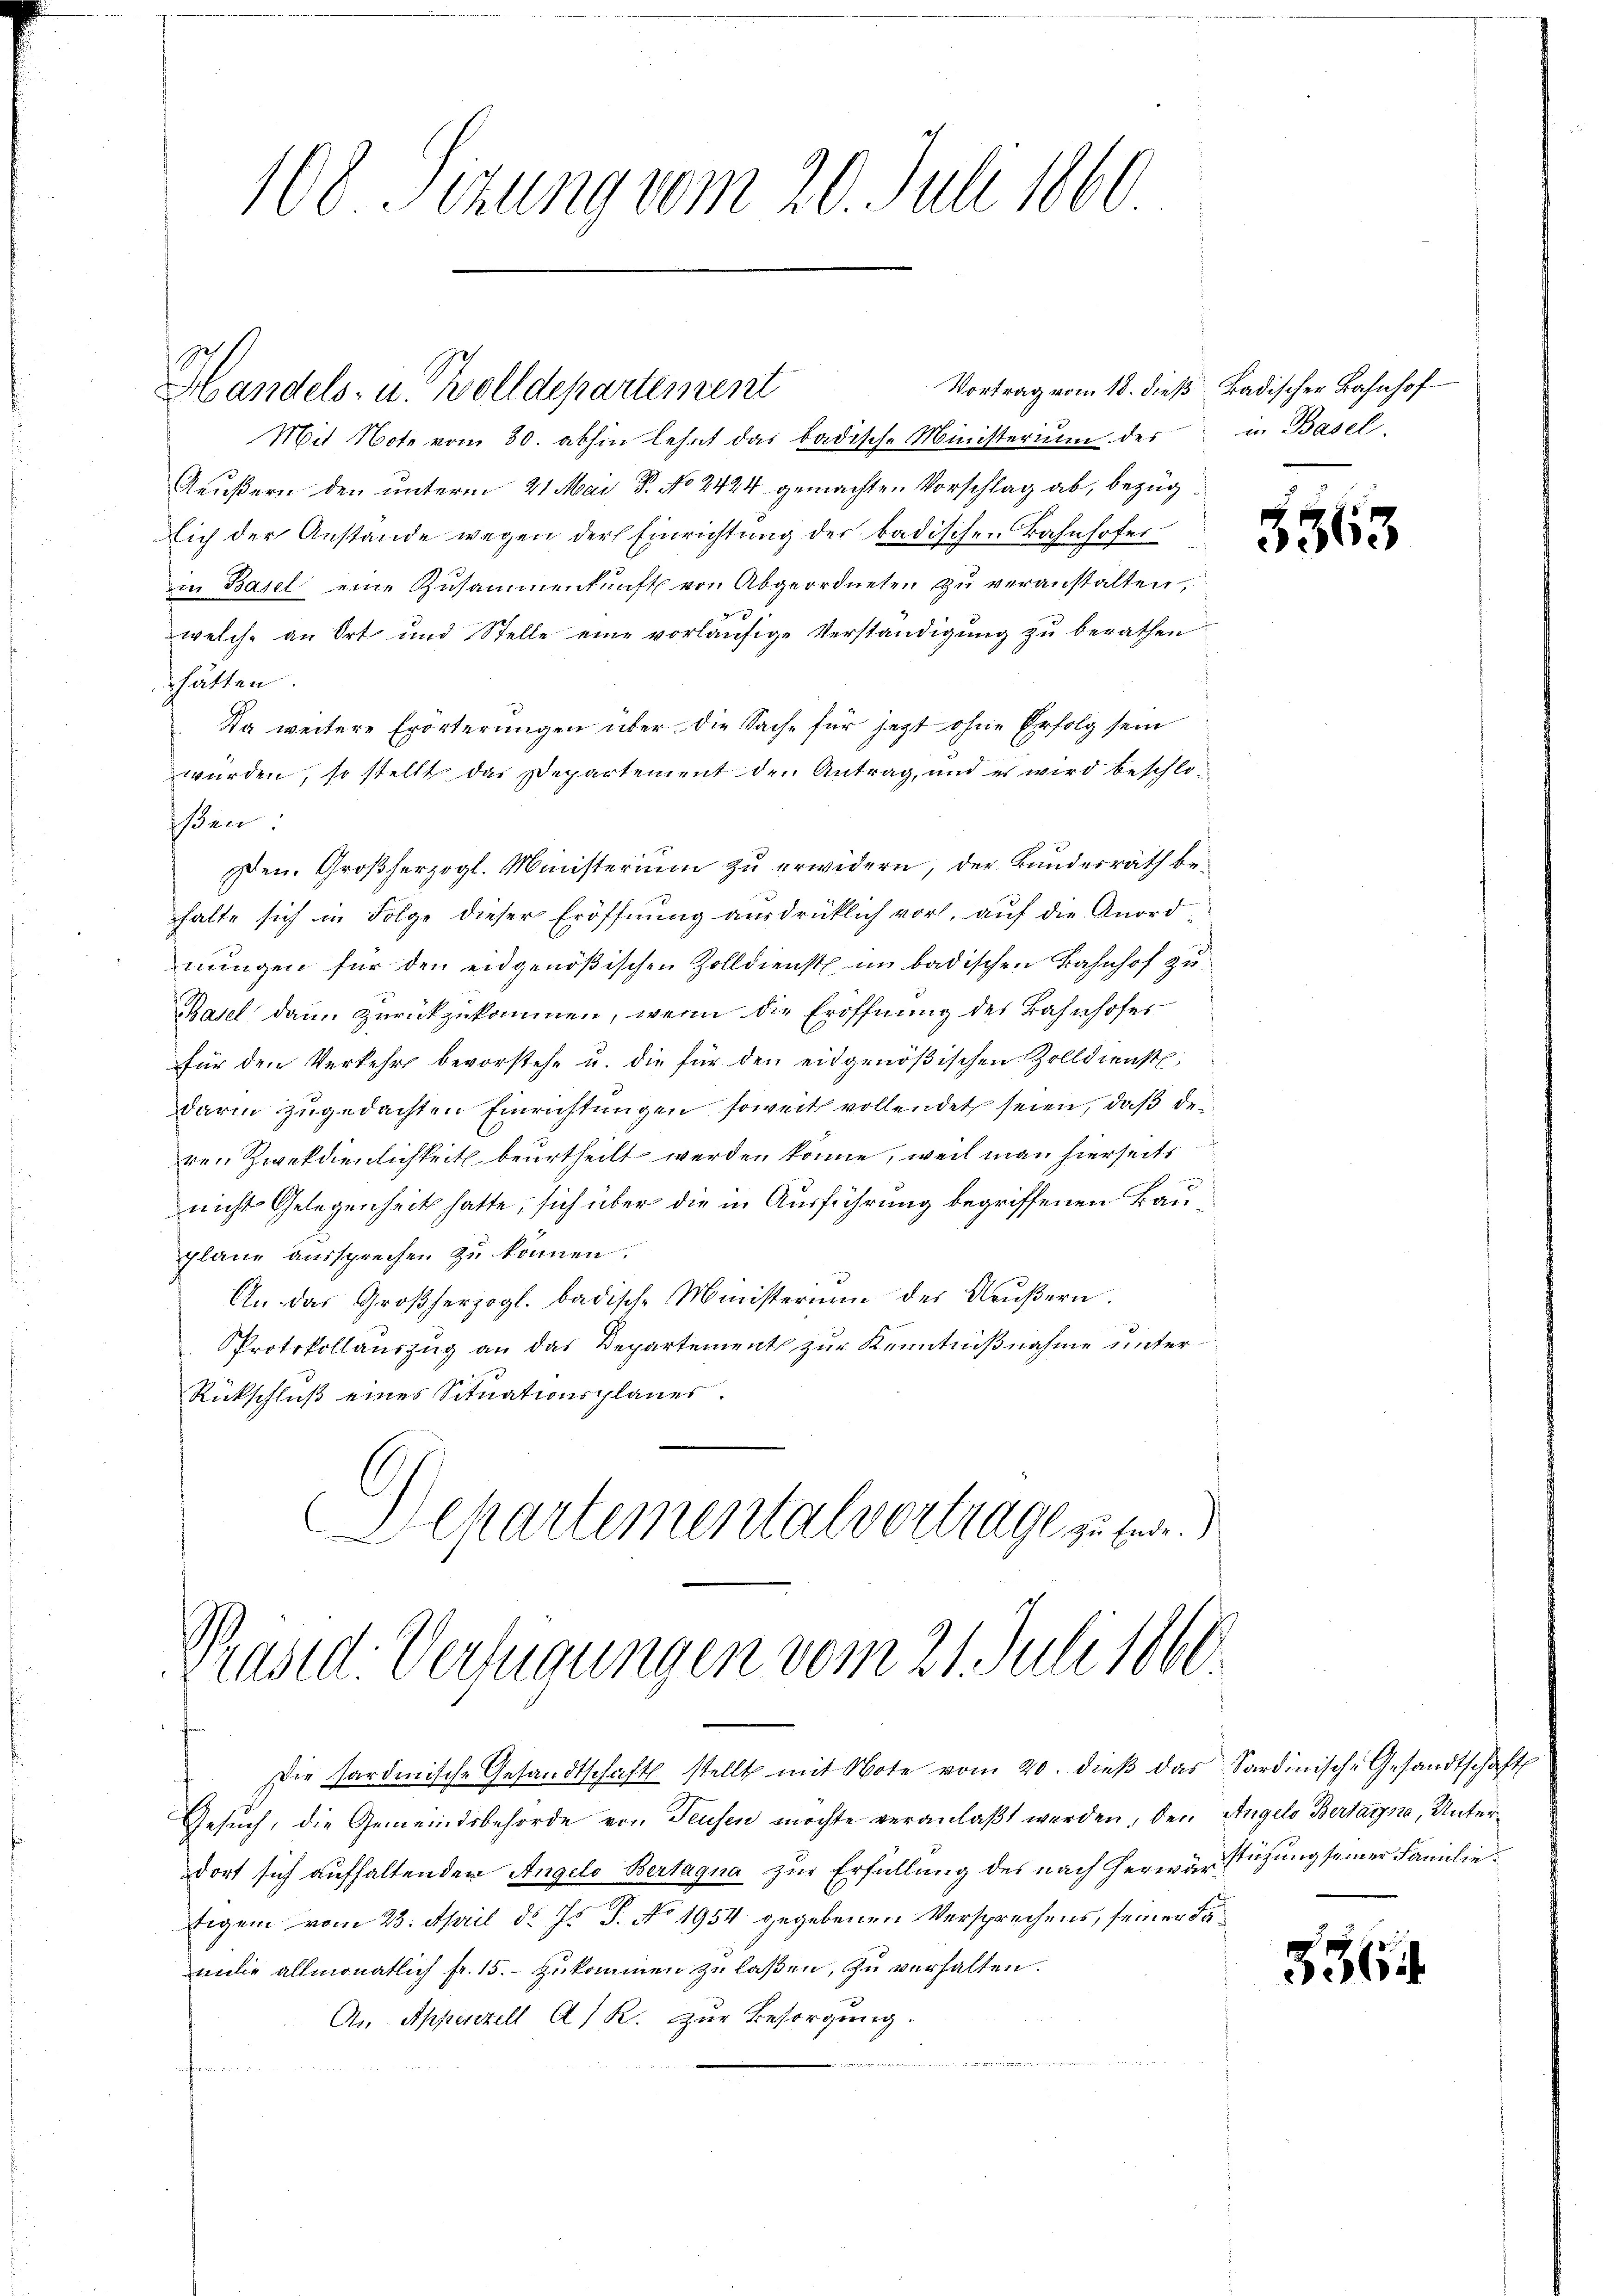
108. Sitzung vom 20. Juli 1860

Handels- u. Wolldepartement

Mit Note vom 30. abhin lehnt das badische Ministerium des in Basel-
Aeußern den unterm 21. Mai P. No 2424 gemachten Vorschlag ab, bezüglich der Anstande wegen der Einrichtung der badischen Bahnhofes
in Basel eine Zusammenkunft von Abgeordneten zu veranstalten,
welche an Ort und Stelle eine vorläufige Verständigung zu berathen
hätten.
Da weitere Erörterungen über die Sache für jetzt ohne Erfolg sein
würden, so stellt das Departement den Antrag, und es wird beschlo-
ßen:
en. Großherzogl. Ministerium zu erwidern, der Bundesrath behalte sich in Folge dieser Eröffnung ausdrücklich vor, auf die Anord-
nungen für den eidgenößischen Zolldienst im badischen Bahnhof zu
Basel dann zurückzukommen, wenn die Eröffnung des Bahnhofes
für den Verkehr bevorstehe u. die für den eidgenößischen Zolldienst.
darin zugedachten Einrichtungen soweit vollendet seien, daß der
ren Zweckdienlichkeit beurtheilt werden könne, weil man hierseitsnicht Gelegenheit hatte, sich über die in Ausführung begriffenen Bau
plane aussprechen zu können.
An das Großherzogl. badische Ministerium des Neŭβern.
Protokollauszug an das Departement zur Kenntnißnahme unter
Rückschluß eines Situationsplanes.
Departementalvertrage zu se

Pruse: Verfügungen vom 21. Juli 1860.

Die Sardische Gesandtschaft stellt mit Note vom 20. dieβ das Sardinische Gesandtschaft
Gesuch, die Gemeindsbehörde von Teusen möchte veranlaßt werden, den Angelo Bertagne, Unterdort sich aufhaltenden Angelo Bertagna zur Erfüllung des nach herwärstüzung seiner Familie
tigen vom 23. April d. Js. P. No 1954 gegebenen Versprechens, seiner Familie allmonatlich fr. 15. zukommen zu laßen, zu verhalten.
An Appenzell A/R. zur Besorgung.

¬
f

Vortrag vom 18. dieß Badischer Bahnhof

5563

3364